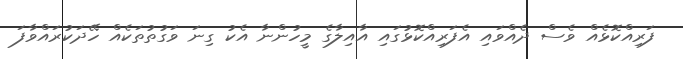
ފަރިއްކޮޅެއް ވެސް ދެއްވައި އެފަރިއްކޮޅުގައި އާއިލާގެ މީހުންނާ އެކު ގިނަ ވަގުތުތަކެއް ހޭދަކުރައްވާފަ